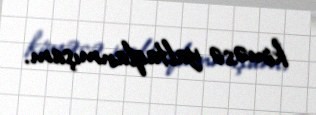
kiməsə yaltaqlanmışam.